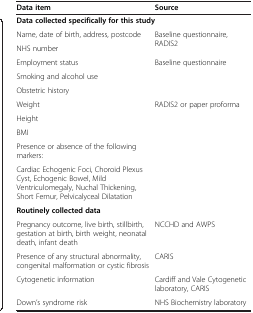
| Data item | Source |
 | --- | --- |
 | <COLSPAN=2> Data collected specifically for this study |
 | Name, date of birth, address, postcode | <ROWSPAN=2> Baseline questionnaire, RADIS2 |
 | NHS number |
 | Employment status | <ROWSPAN=3> Baseline questionnaire |
 | Smoking and alcohol use |
 | Obstetric history |
 | Weight | <ROWSPAN=5> RADIS2 or paper proforma |
 | Height |
 | BMI |
 | Presence or absence of the following markers: |
 | Cardiac Echogenic Foci, Choroid Plexus Cyst, Echogenic Bowel, Mild Ventriculomegaly, Nuchal Thickening, Short Femur, Pelvicalyceal Dilatation |
 | <COLSPAN=2> Routinely collected data |
 | Pregnancy outcome, live birth, stillbirth, gestation at birth, birth weight, neonatal death, infant death | NCCHD and AWPS |
 | Presence of any structural abnormality, congenital malformation or cystic fibrosis | CARIS |
 | Cytogenetic information | Cardiff and Vale Cytogenetic laboratory, CARIS |
 | Down’s syndrome risk | NHS Biochemistry laboratory |